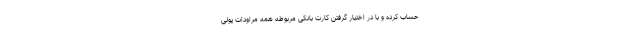
حساب کرده و با در اختیار گرفتن کارت بانکی مربوطه همه مراودات پولی